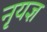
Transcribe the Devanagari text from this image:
नृयज्ञ